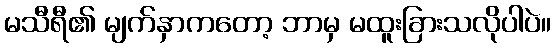
မသီရီ၏ မျက်နှာကတော့ ဘာမှ မထူးခြားသလိုပါပဲ။